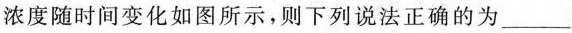
浓度随时间变化如图所示，则下列说法正确的为___